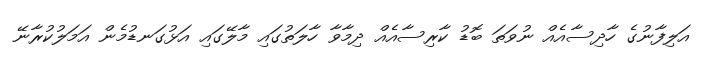
އަލިފާނުގެ ހާދިސާއެއް ނުވަތަ ބޮޑު ކާރިސާއެއް ދިމާވާ ހާލަތުގައި މާލޭގައި އަޅުގަނޑުމެން އަމަލުކުރާނޭ